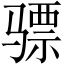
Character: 骠